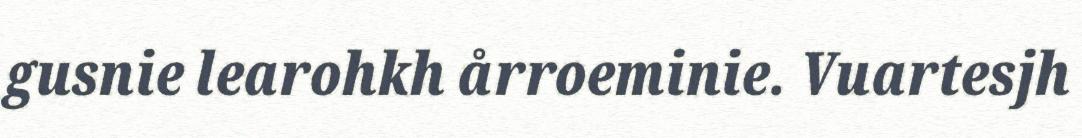
gusnie learohkh årroeminie. Vuartesjh